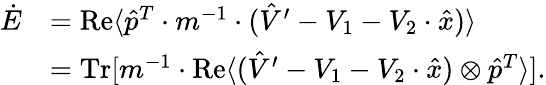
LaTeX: \begin{array}{rl}{\dot{E}}&{=\operatorname{Re}\langle\hat{p}^{T}\cdot m^{-1}\cdot(\hat{V}^{\prime}-V_{1}-V_{2}\cdot\hat{x})\rangle}\\ &{=\operatorname{Tr}[m^{-1}\cdot\operatorname{Re}\langle(\hat{V}^{\prime}-V_{1}-V_{2}\cdot\hat{x})\otimes\hat{p}^{T}\rangle].}\end{array}